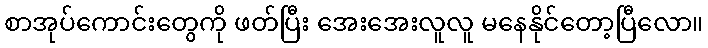
စာအုပ်ကောင်းတွေကို ဖတ်ပြီး အေးအေးလူလူ မနေနိုင်တော့ပြီလော။